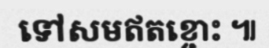
ទៅសមឥតខ្ចោះ ៕